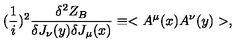
( { \frac { 1 } { i } } ) ^ { 2 } { \frac { \delta ^ { 2 } Z _ { B } } { \delta J _ { \nu } ( y ) \delta J _ { \mu } ( x ) } } \equiv < A ^ { \mu } ( x ) A ^ { \nu } ( y ) > ,